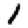
Digit: 1